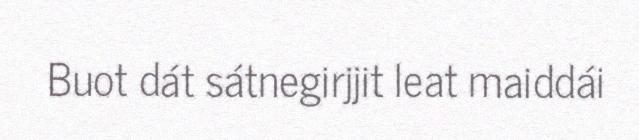
Buot dát sátnegirjjit leat maiddái